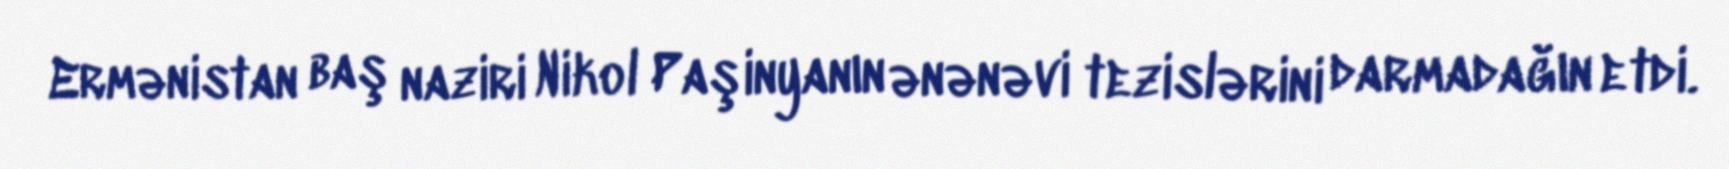
Ermənistan baş naziri Nikol Paşinyanın ənənəvi tezislərini darmadağın etdi.